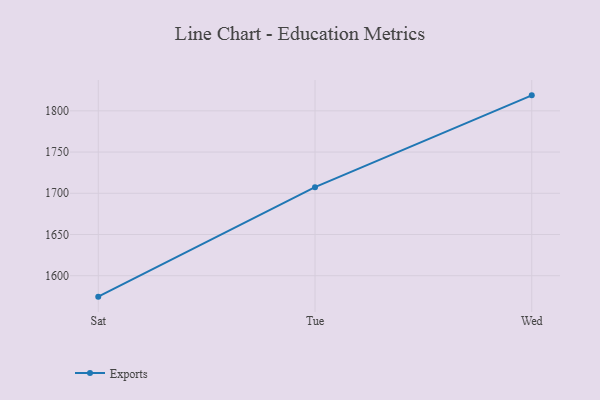
{"axis": {"x": "Day", "y": "LTV (USD)"}, "legend": ["Exports"], "data": [{"x": "Sat", "y": 1574.6, "type": "Exports"}, {"x": "Tue", "y": 1707.4, "type": "Exports"}, {"x": "Wed", "y": 1818.8, "type": "Exports"}]}